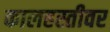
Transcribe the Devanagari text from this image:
कालहस्तीवर